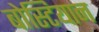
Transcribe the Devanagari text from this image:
बोस्टियान